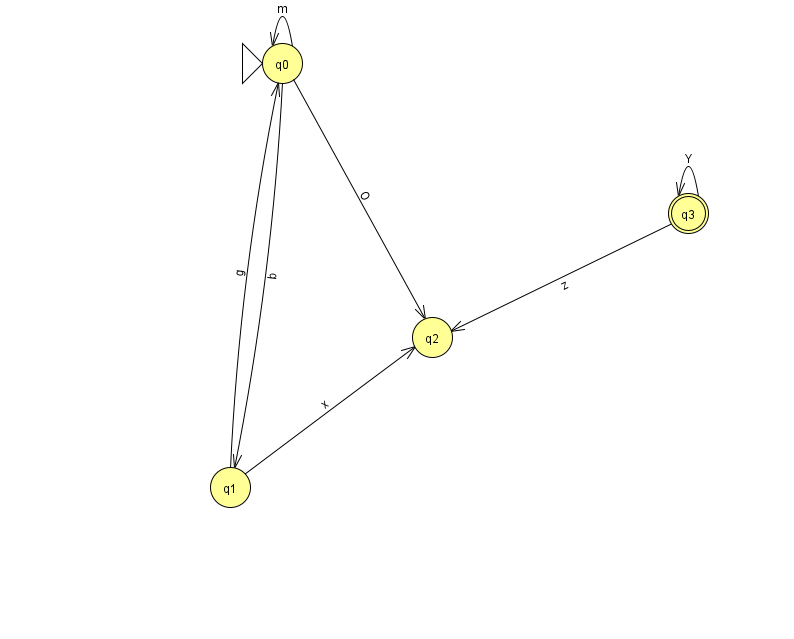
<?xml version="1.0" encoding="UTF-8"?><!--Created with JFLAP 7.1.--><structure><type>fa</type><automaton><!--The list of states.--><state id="0" name="q0"><x>282.0</x><y>50.0</y><initial/></state><state id="1" name="q1"><x>230.0</x><y>474.0</y></state><state id="2" name="q2"><x>432.0</x><y>324.0</y></state><state id="3" name="q3"><x>688.0</x><y>200.0</y><final/></state><!--The list of transitions.--><transition><from>0</from><to>1</to><read>b</read></transition><transition><from>3</from><to>2</to><read>z</read></transition><transition><from>1</from><to>0</to><read>g</read></transition><transition><from>3</from><to>3</to><read>Y</read></transition><transition><from>1</from><to>2</to><read>x</read></transition><transition><from>0</from><to>0</to><read>m</read></transition><transition><from>0</from><to>2</to><read>O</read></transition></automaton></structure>